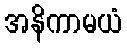
အနိကာမယံ